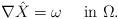
LaTeX: \begin{align*}\nabla \hat X = \omega \quad\mbox{ in } \Omega.\end{align*}